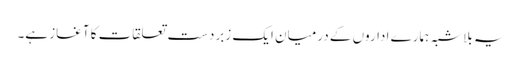
یہ بلاشبہ ہمارے اداروں کے درمیان ایک زبردست تعلقات کا آغاز ہے۔